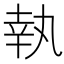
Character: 執